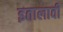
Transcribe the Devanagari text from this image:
इतालावी